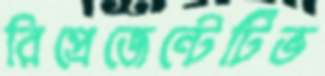
রিপ্রেজেন্টেটিভ